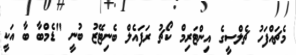
މެޗައްފަހު ޗެލްސީގެ އިންޓަރިމް ކޯޗު ރަފައެލް ބެނިޓޭޒު ބުނީ "ޑެމްބާ ބާ އަކީ